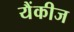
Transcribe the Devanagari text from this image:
यैंकीज